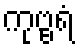
ကုဗ္ဗရံ